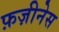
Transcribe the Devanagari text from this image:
फ़ज़ीनेस